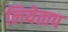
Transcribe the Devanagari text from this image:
लियेताप